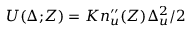
{ \cal U } ( \Delta ; \! Z ) = K n _ { u } ^ { \prime \prime } ( Z ) \Delta _ { u } ^ { 2 } / 2